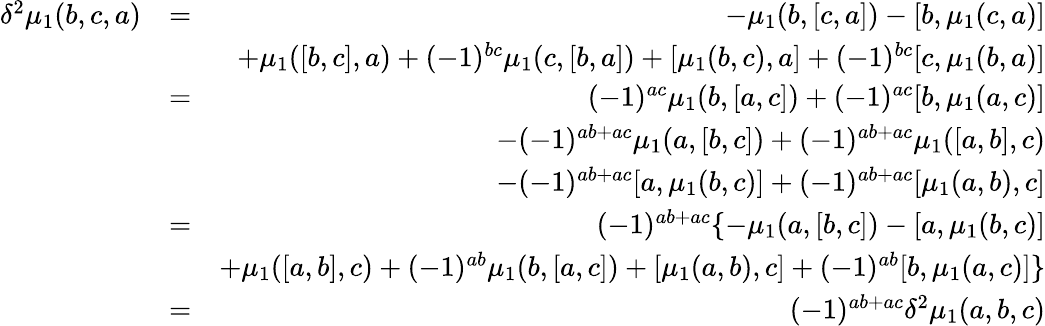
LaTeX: \begin{array}{rlr}{\delta^{2}\mu_{1}(b,c,a)}&{=}&{-\mu_{1}(b,[c,a])-[b,\mu_{1}(c,a)]}\\ &{}&{+\mu_{1}([b,c],a)+(-1)^{bc}\mu_{1}(c,[b,a])+[\mu_{1}(b,c),a]+(-1)^{bc}[c,\mu_{1}(b,a)]}\\ &{=}&{(-1)^{ac}\mu_{1}(b,[a,c])+(-1)^{ac}[b,\mu_{1}(a,c)]}\\ &{}&{-(-1)^{ab+ac}\mu_{1}(a,[b,c])+(-1)^{ab+ac}\mu_{1}([a,b],c)}\\ &{}&{-(-1)^{ab+ac}[a,\mu_{1}(b,c)]+(-1)^{ab+ac}[\mu_{1}(a,b),c]}\\ &{=}&{(-1)^{ab+ac}\{ -\mu_{1}(a,[b,c])-[a,\mu_{1}(b,c)]}\\ &{}&{+\mu_{1}([a,b],c)+(-1)^{ab}\mu_{1}(b,[a,c])+[\mu_{1}(a,b),c]+(-1)^{ab}[b,\mu_{1}(a,c)]\} }\\ &{=}&{(-1)^{ab+ac}\delta^{2}\mu_{1}(a,b,c)}\end{array}